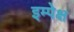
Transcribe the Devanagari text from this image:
इम्पेक्ष